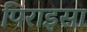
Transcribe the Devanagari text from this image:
पिराइसा